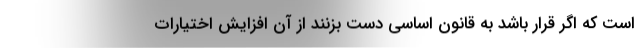
است که اگر قرار باشد به قانون اساسی دست بزنند از آن افزایش اختیارات